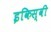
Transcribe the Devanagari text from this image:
इकिस्वी